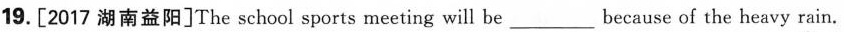
19. [2017 湖南益阳]The school sports meeting will be___because of the heavy rain.